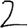
Digit: 2